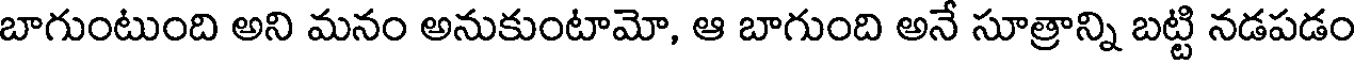
బాగుంటుంది అని మనం అనుకుంటామో, ఆ బాగుంది అనే సూత్రాన్ని బట్టి నడపడం